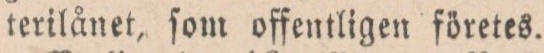
terilånet, ſom offentligen företes.